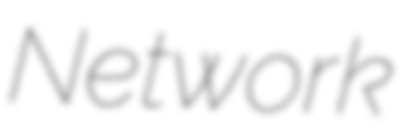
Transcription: Network